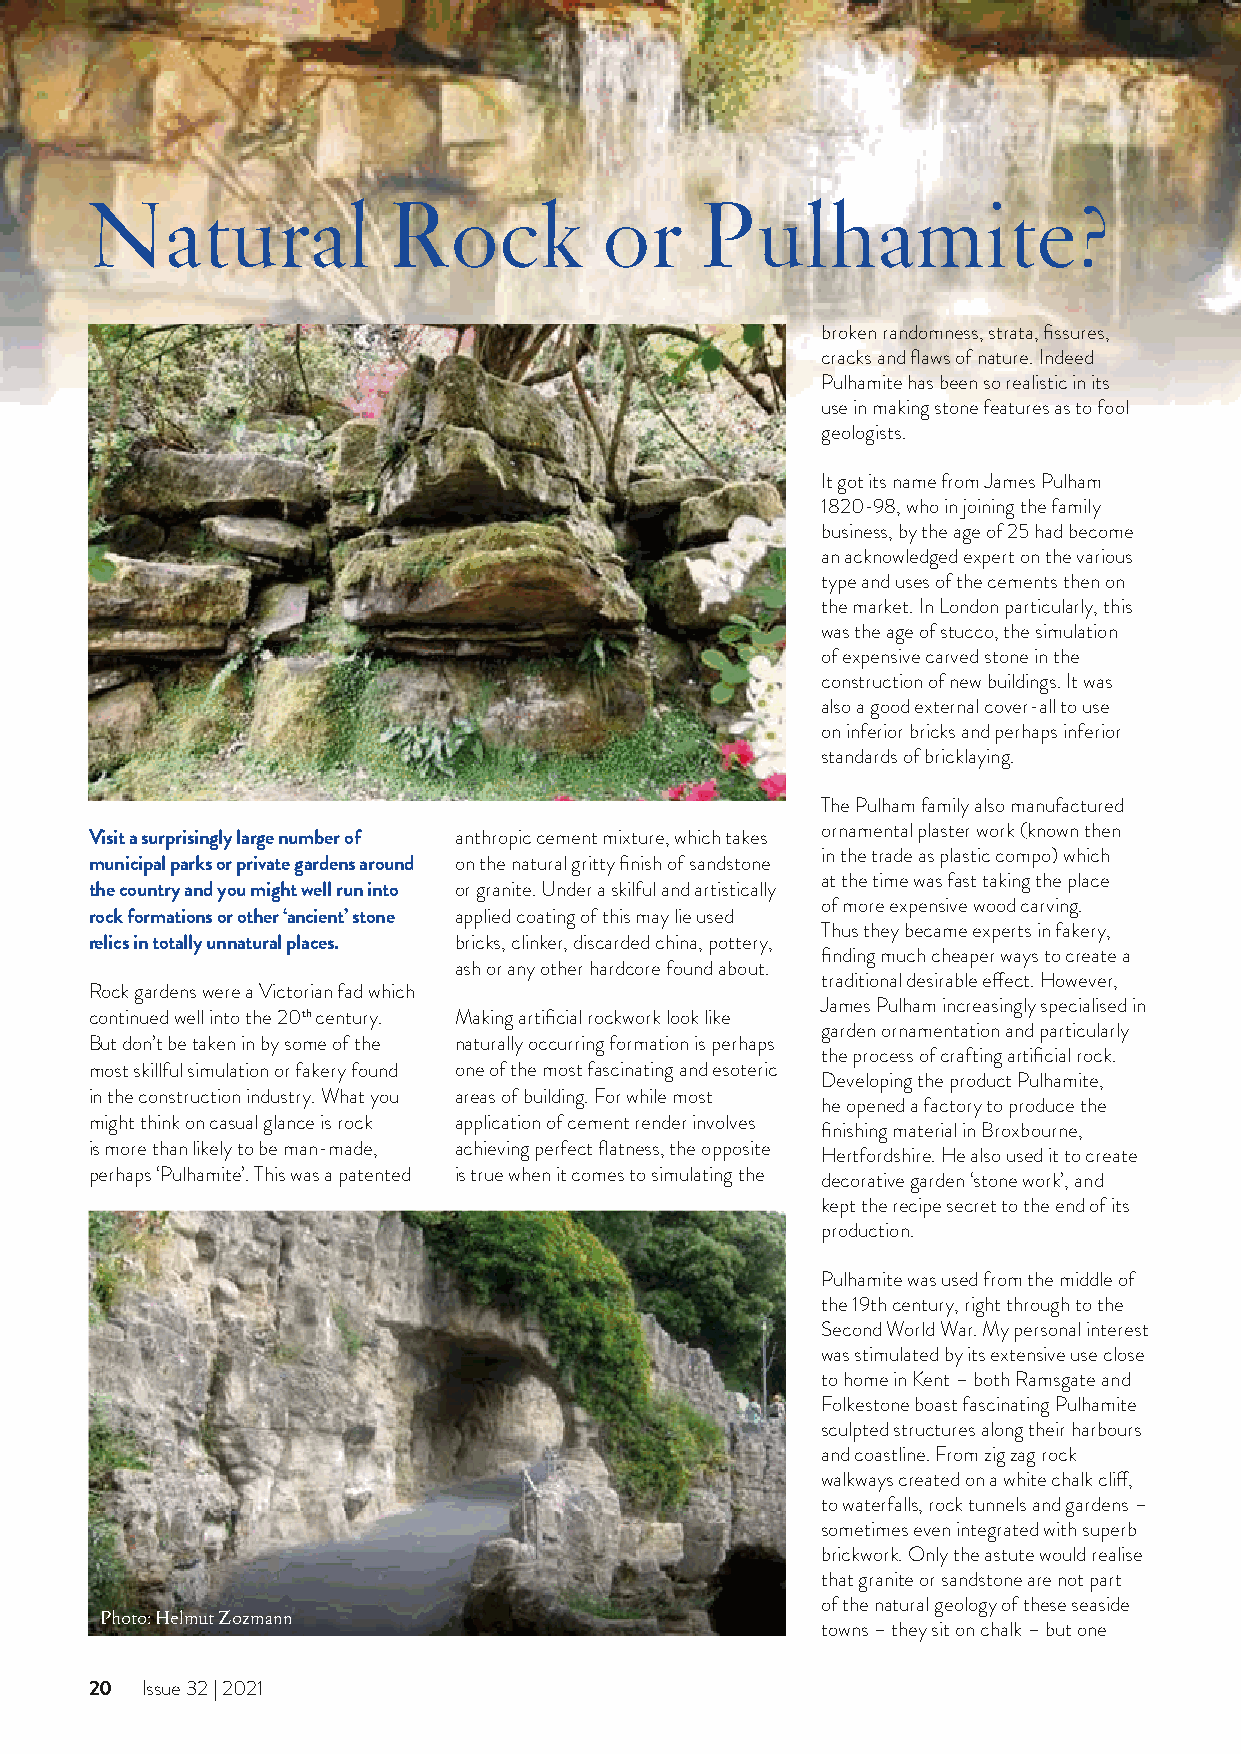
Natural             Rock          or    Pulhamite?
 broken randomness, strata, fissures,
 cracks and flaws of nature. Indeed
 Pulhamite has been so realistic in its
 use in making stone features as to fool
 geologists.
 It got its name from James Pulham
 1820-98, who in joining the family
 business, by the age of 25 had become
 an acknowledged expert on the various
 type and uses of the cements then on
 the market. In London particularly, this
 was the age of stucco, the simulation
 of expensive carved stone in the
 construction of new buildings. It was
 also a good external cover-all to use
 on inferior bricks and perhaps inferior
 standards of bricklaying.
 The Pulham family also manufactured
 ornamental plaster work (known then
 Visit a surprisingly large number of anthropic cement mixture, which takes
 in the trade as plastic compo) which
 municipal parks or private gardens around on the natural gritty finish of sandstone
 at the time was fast taking the place
 the country and you might well run into or granite. Under a skilful and artistically
 of more expensive wood carving.
 rock formations or other ‘ancient’ stone applied coating of this may lie used
 Thus they became experts in fakery,
 relics in totally unnatural places. bricks, clinker, discarded china, pottery,
 finding much cheaper ways to create a
 ash or any other hardcore found about.
 traditional desirable effect. However,
 Rock gardens were a Victorian fad which
 James Pulham increasingly specialised in
 continued well into the 20th century. Making artificial rockwork look like
 garden ornamentation and particularly
 But don’t be taken in by some of the naturally occurring formation is perhaps
 the process of crafting artificial rock.
 most skillful simulation or fakery found one of the most fascinating and esoteric
 Developing the product Pulhamite,
 in the construction industry. What you areas of building. For while most
 he opened a factory to produce the
 might think on casual glance is rock application of cement render involves
 finishing material in Broxbourne,
 is more than likely to be man-made, achieving perfect flatness, the opposite
 Hertfordshire. He also used it to create
 perhaps ‘Pulhamite’. This was a patented is true when it comes to simulating the
 decorative garden ‘stone work’, and
 kept the recipe secret to the end of its
 production.
 Pulhamite was used from the middle of
 the 19th century, right through to the
 Second World War. My personal interest
 was stimulated by its extensive use close
 to home in Kent – both Ramsgate and
 Folkestone boast fascinating Pulhamite
 sculpted structures along their harbours
 and coastline. From zig zag rock
 walkways created on a white chalk cliff,
 to waterfalls, rock tunnels and gardens –
 sometimes even integrated with superb
 brickwork. Only the astute would realise
 that granite or sandstone are not part
 of the natural geology of these seaside
 Photo: Helmut Zozmann
 towns – they sit on chalk – but one
 20 Issue 32 | 2021